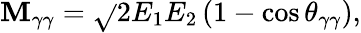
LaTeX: \mathbf{M}_{\gamma\gamma}=\sqrt{}{{2E_{1}E_{2}\left(1-\cos\theta_{\gamma\gamma}\right)}},